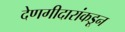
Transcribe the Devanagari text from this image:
देणगीदारांकडून